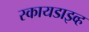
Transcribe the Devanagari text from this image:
स्कायडाइव्ह